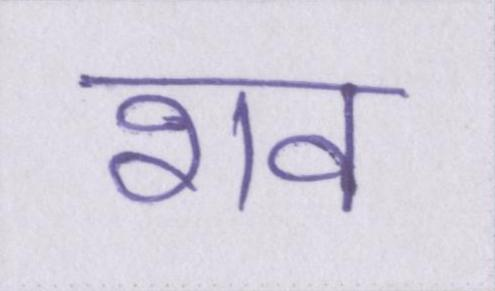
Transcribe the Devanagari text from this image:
शव